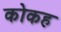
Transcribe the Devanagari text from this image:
कोकह